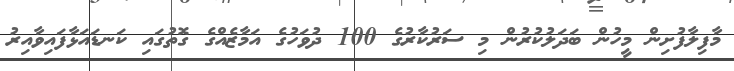
މާފިލާފުށިން މީހުން ބަދަލުކުރުން މި ސަރުކާރުގެ 100 ދުވަހުގެ އަމާޒެއްގެ ގޮތުގައި ކަނޑައަޅާފައިވާއިރު